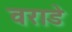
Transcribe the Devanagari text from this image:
वराडे